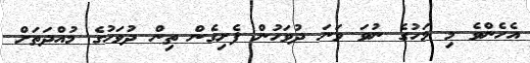
އެހެންވެ މި މަހުގެ ނުވަ ވަނަ ދުވަހުން ފެށިގެން ތިން ދުވަހުގެ މުއްދަތަށް